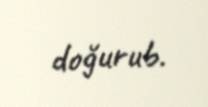
doğurub.